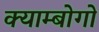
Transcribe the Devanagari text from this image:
क्याम्बोगो